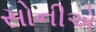
સોનીએ